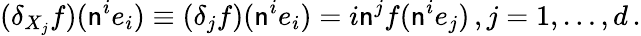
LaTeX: (\delta_{X_{j}}f)(\mathsf{n}^{i}e_{i})\equiv(\delta_{j}f)(\mathsf{n}^{i}e_{i})=i\mathsf{n}^{j}f(\mathsf{n}^{i}e_{j})\, ,j=1,\dots,d\, .